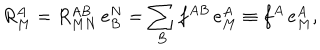
R _ { M } ^ { A } = R _ { M N } ^ { A B } \, e _ { B } ^ { N } = \sum _ { B } f ^ { A B } \, e _ { M } ^ { A } \equiv f ^ { A } \, e _ { M } ^ { A } ,